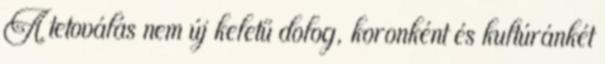
A tetoválás nem új keletű dolog, koronként és kultúránkét